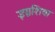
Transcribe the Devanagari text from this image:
इग्नशिया